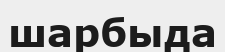
шарбыда